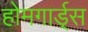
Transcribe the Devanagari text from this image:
होमगार्ड्‌स